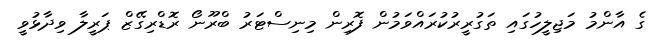
ގެ އާންމު މަޖިލީހުގައި ތަގުރީރުކުރައްވަމުން ފޮރިން މިނިސްޓަރު ބްރޫނޯ ރޮޑްރިގޭޒް ޕަރީލާ ވިދާޅުވީ